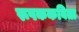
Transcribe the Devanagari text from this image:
रूपककविता